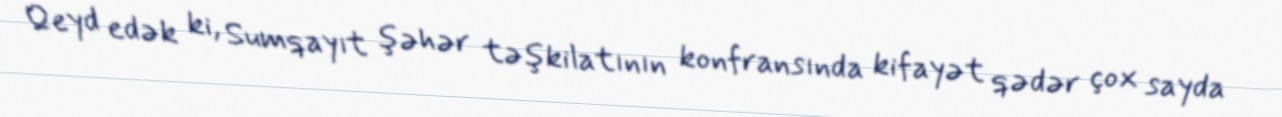
Qeyd edək ki, Sumqayıt şəhər təşkilatının konfransında kifayət qədər çox sayda